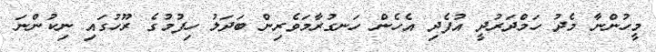
މީހުންނާ މެދު ހަމްދަރުދީ އުފެދި އެހެން ހަނގުރާމަވެރިން ބަދަލު ހިފުމުގެ ރޫހުގައި ނިކުންނަ